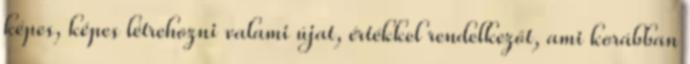
képes, képes létrehozni valami újat, értékkel rendelkezőt, ami korábban